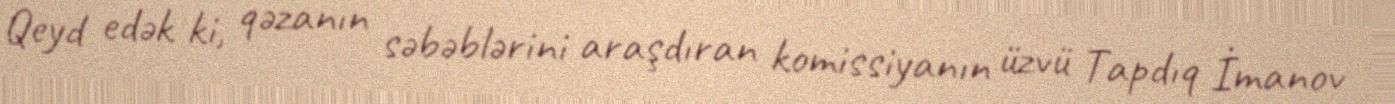
Qeyd edək ki, qəzanın səbəblərini araşdıran komissiyanın üzvü Tapdıq İmanov